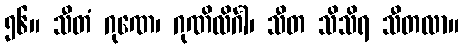
၅၆။ သီတံ ဂုဏေ၊ ဂုဏိလိင်္ဂါ၊ သီတ သိသိရ သီတလာ။